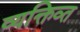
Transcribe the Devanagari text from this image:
व्यक्तिव्त